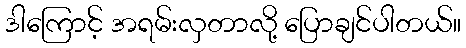
ဒါကြောင့် အရမ်းလှတာလို့ ပြောချင်ပါတယ်။